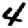
Digit: 4